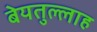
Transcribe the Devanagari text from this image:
बेयतुल्लाह